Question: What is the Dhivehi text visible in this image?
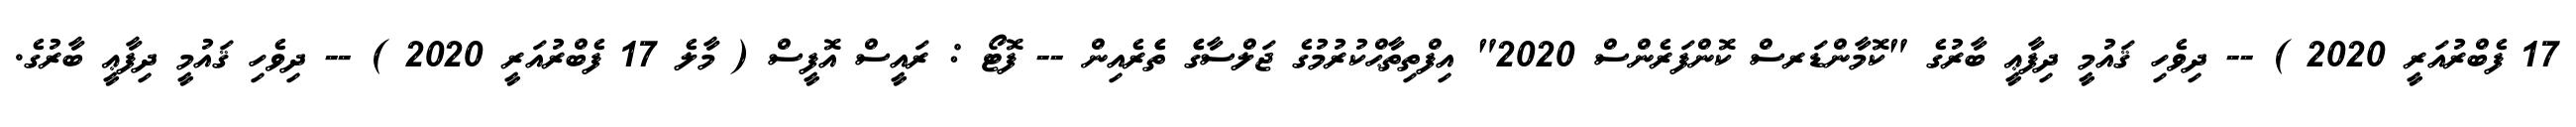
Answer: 17 ފެބްރުއަރީ 2020 ) -- ދިވެހި ޤައުމީ ދިފާޢީ ބާރުގެ "ކޮމާންޑަރސް ކޮންފަރެންސް 2020" އިފްތިތާޙްކުރުމުގެ ޖަލްސާގެެ ތެެރެއިން -- ފޮޓޯ : ރައީސް އޮފީސް ( މާލެ 17 ފެބްރުއަރީ 2020 ) -- ދިވެހި ޤައުމީ ދިފާޢީ ބާރުގެ.